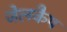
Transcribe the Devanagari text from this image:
जेलकैप